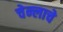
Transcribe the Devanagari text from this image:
चेन्लाचे